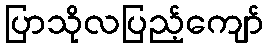
ပြာသိုလပြည့်ကျော်